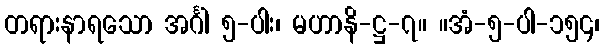
တရားနာရသော အင်္ဂါ ၅-ပါး၊ မဟာနိ-ဋ္ဌ-၇။ ။အံ-၅-ပါ-၁၅၄၊